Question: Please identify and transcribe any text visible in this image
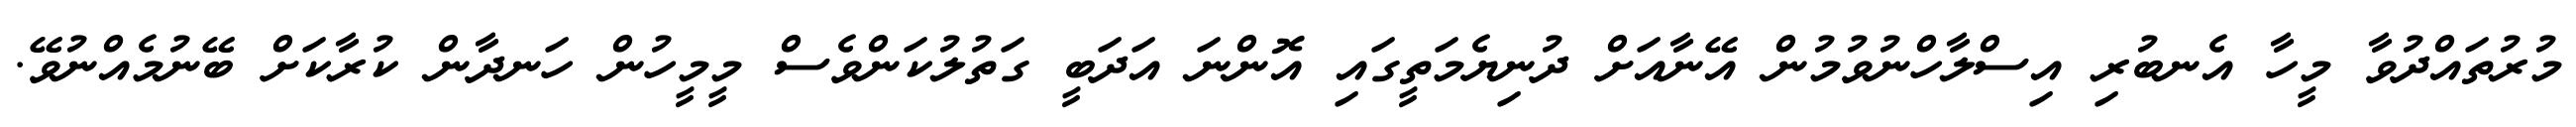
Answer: މުރުތައްދުވާ މީހާ އެނބުރި އިސްލާހްނުވުމުން އޭނާއަށް ދުނިޔެމަތީގައި އޮންނަ އަދަބީ ގަތުލުކަންވެސް މީމީހުން ހަނދާން ކުރާކަށް ބޭނުމެއްނުވޭ.